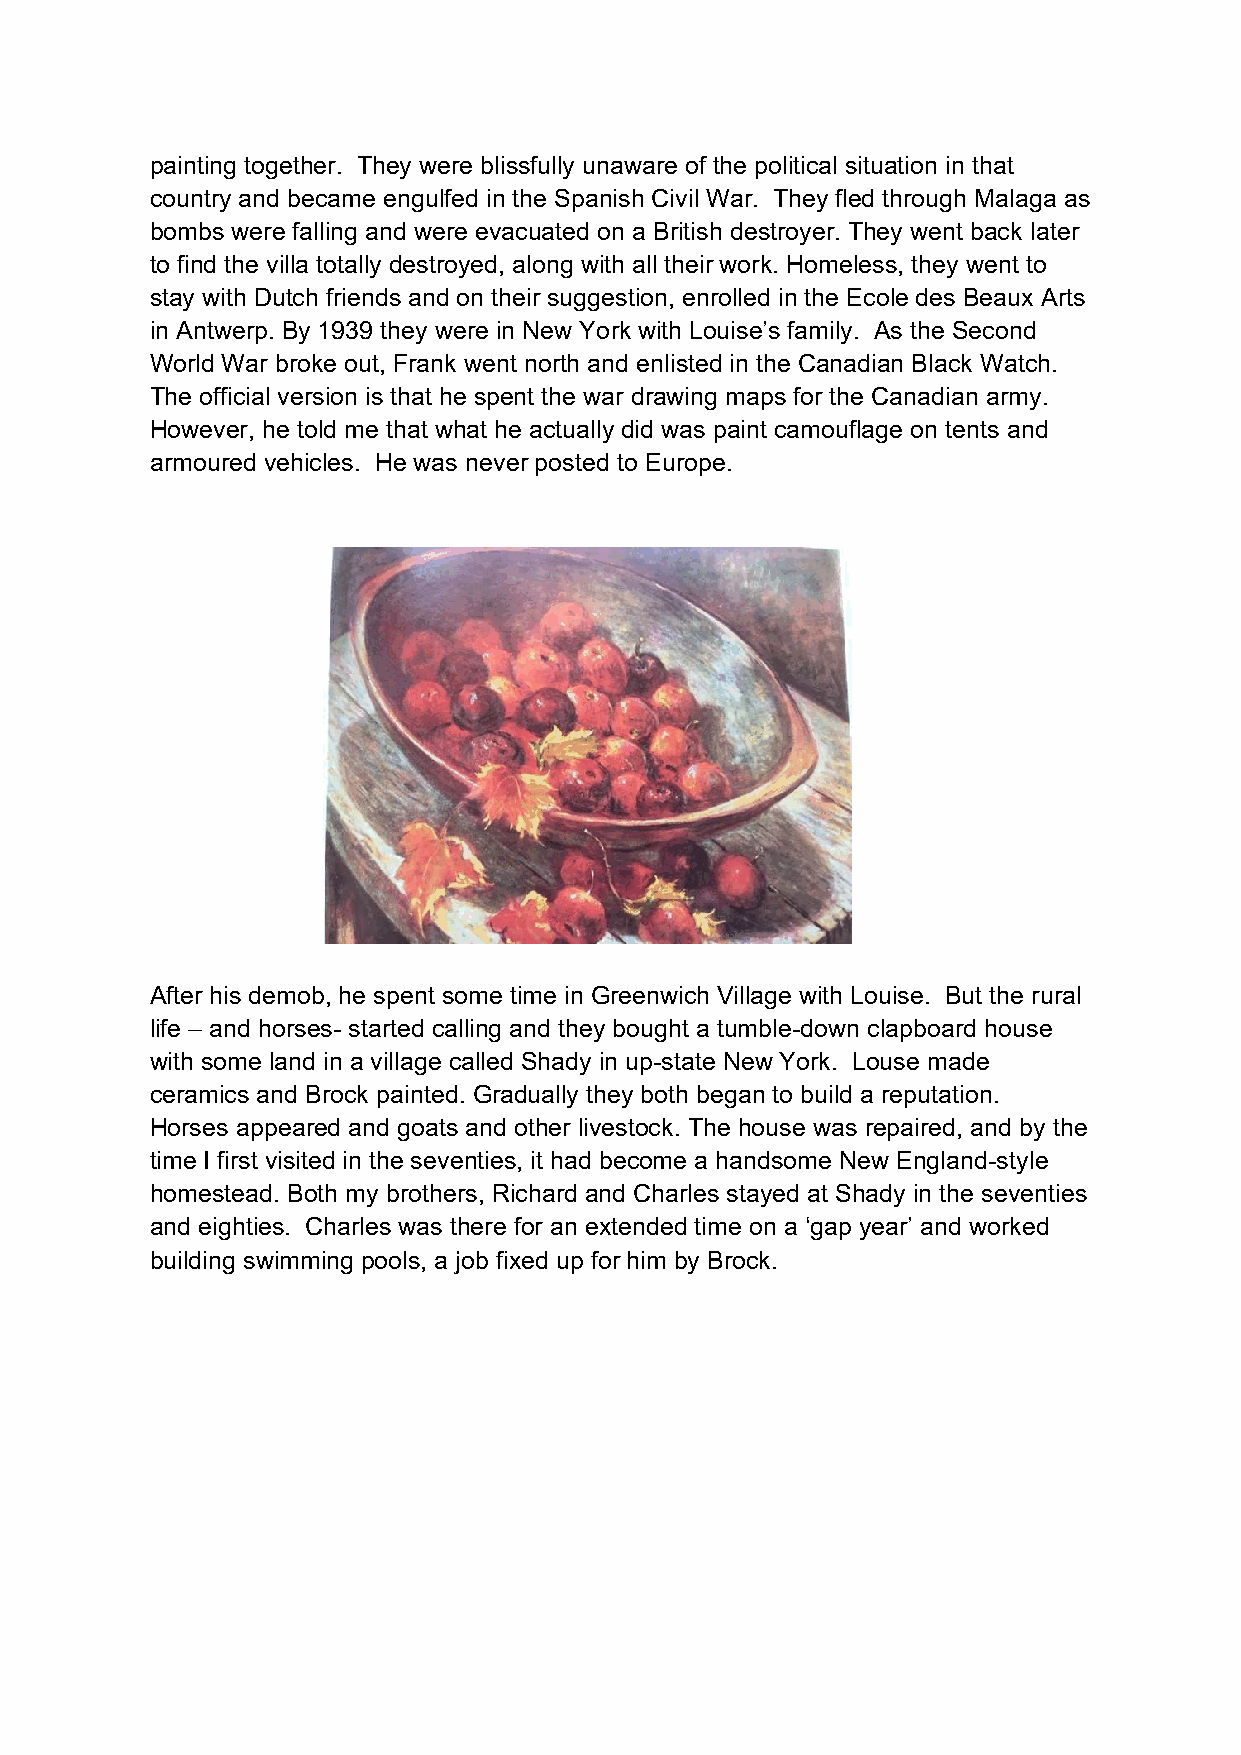
painting together. They were blissfully unaware of the political situation in that
 country and became engulfed in the Spanish Civil War. They fled through Malaga as
 bombs were falling and were evacuated on a British destroyer. They went back later
 to find the villa totally destroyed, along with all their work. Homeless, they went to
 stay with Dutch friends and on their suggestion, enrolled in the Ecole des Beaux Arts
 in Antwerp. By 1939 they were in New York with Louise’s family. As the Second
 World War broke out, Frank went north and enlisted in the Canadian Black Watch.
 The official version is that he spent the war drawing maps for the Canadian army.
 However, he told me that what he actually did was paint camouflage on tents and
 armoured vehicles. He was never posted to Europe.
 After his demob, he spent some time in Greenwich Village with Louise. But the rural
 life – and horses- started calling and they bought a tumble-down clapboard house
 with some land in a village called Shady in up-state New York. Louse made
 ceramics and Brock painted. Gradually they both began to build a reputation.
 Horses appeared and goats and other livestock. The house was repaired, and by the
 time I first visited in the seventies, it had become a handsome New England-style
 homestead. Both my brothers, Richard and Charles stayed at Shady in the seventies
 and eighties. Charles was there for an extended time on a ‘gap year’ and worked
 building swimming pools, a job fixed up for him by Brock.